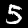
Label: 5